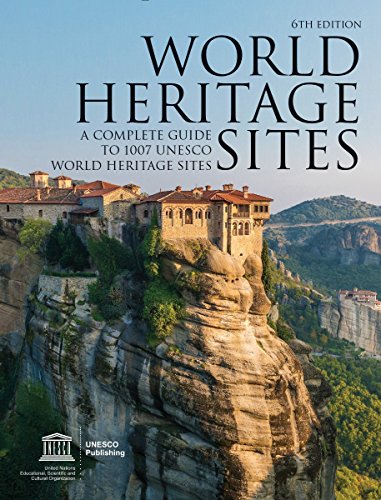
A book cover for World Heritage Sites: A Complete Guide to 1,007 UNESCO Workd Heritage Sites; UNESCO; Humor & Entertainment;